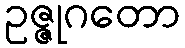
ဥဇ္ဇုဂတော